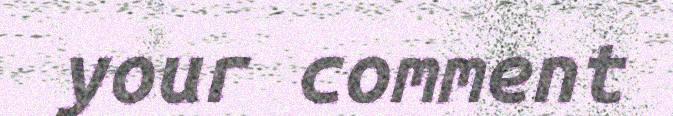
your comment